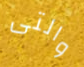
والتى